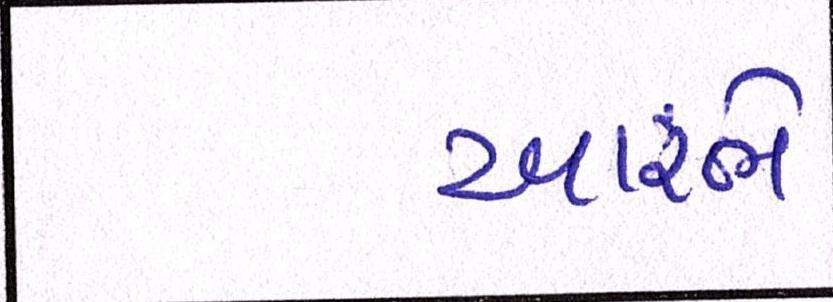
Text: આરંભે